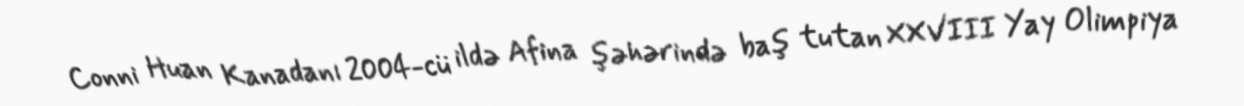
Conni Huan Kanadanı 2004-cü ildə Afina şəhərində baş tutan XXVIII Yay Olimpiya